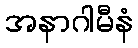
အနာဂါမီနံ